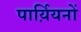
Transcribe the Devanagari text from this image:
पार्य़ियनों